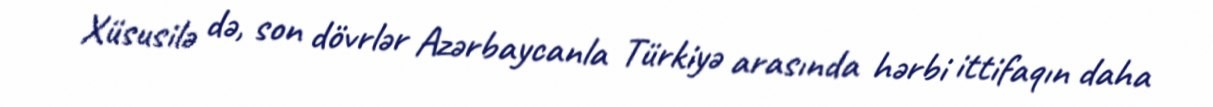
Xüsusilə də, son dövrlər Azərbaycanla Türkiyə arasında hərbi ittifaqın daha